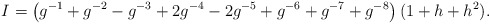
\begin{align*}I = \left( g^{-1} + g^{-2} - g^{-3} + 2 g^{-4} -2 g^{-5} +g^{-6}+ g^{-7} + g^{-8} \right) (1+h+h^2).\end{align*}